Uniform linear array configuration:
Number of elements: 48
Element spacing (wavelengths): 0.25
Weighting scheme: uniform
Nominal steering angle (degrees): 45
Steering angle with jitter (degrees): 45.543
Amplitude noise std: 0.05
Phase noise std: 0.05

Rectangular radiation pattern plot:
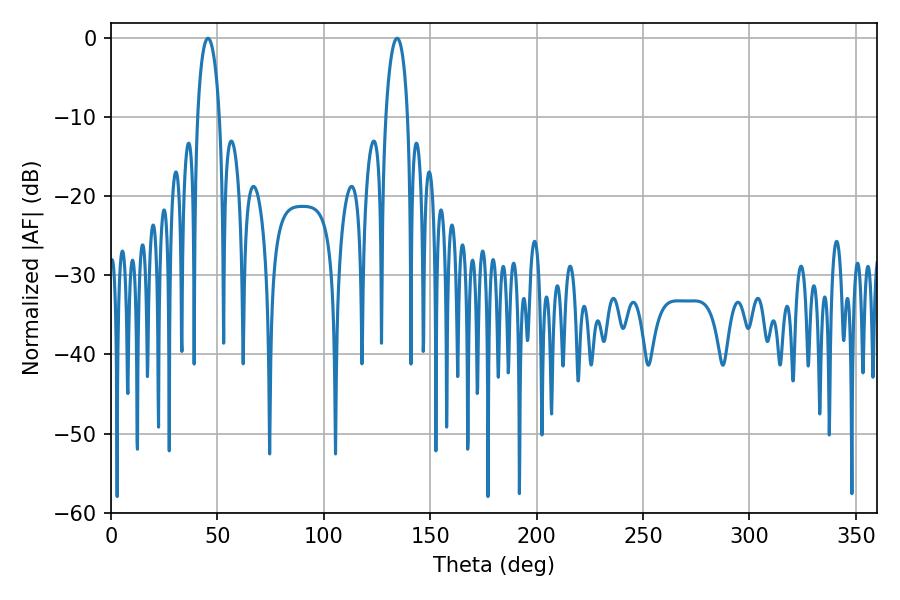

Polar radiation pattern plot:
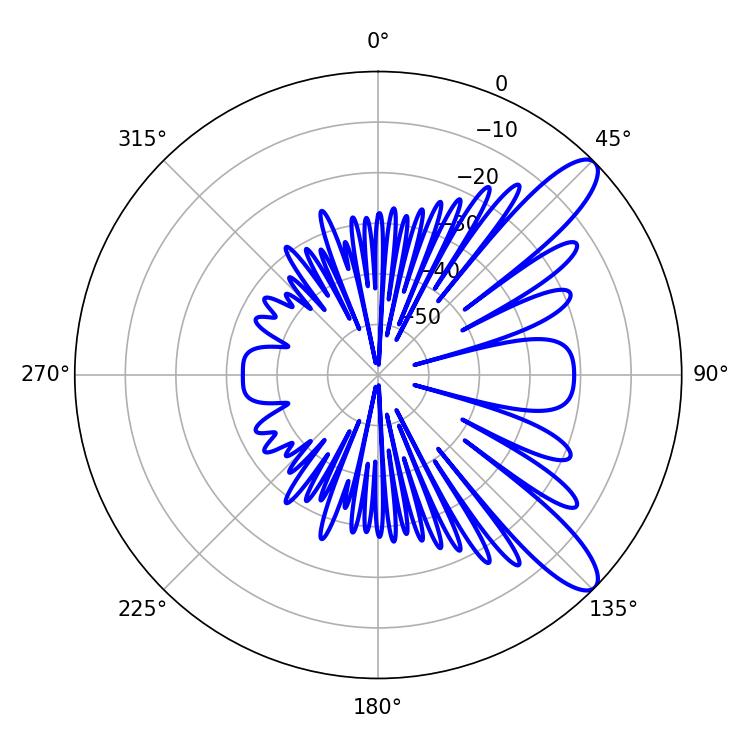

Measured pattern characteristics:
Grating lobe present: FALSE
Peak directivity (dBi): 10.703
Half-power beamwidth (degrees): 5.94
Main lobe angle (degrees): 45.54